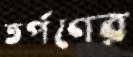
তর্পণের